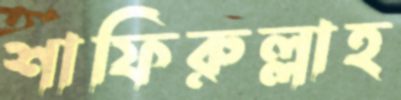
শাফিরুল্লাহ